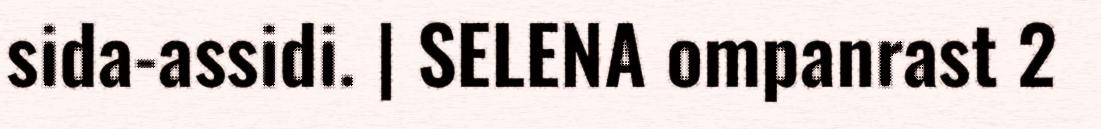
sida-assidi. | SELENA ompanrast 2